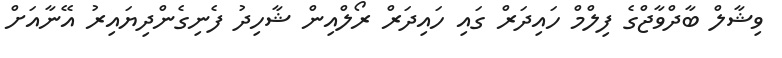
ވިޝާލް ބާދްވާޖްގެ ފިލްމް ހައިދަރް ގައި ހައިދަރް ރޯލްއިން ޝާހިދު ފެނިގެންދިޔައިރު އޭނާއަށް